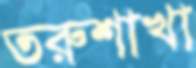
তরুশাখা